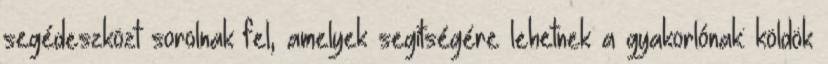
segédeszközt sorolnak fel, amelyek segítségére lehetnek a gyakorlónak: köldök